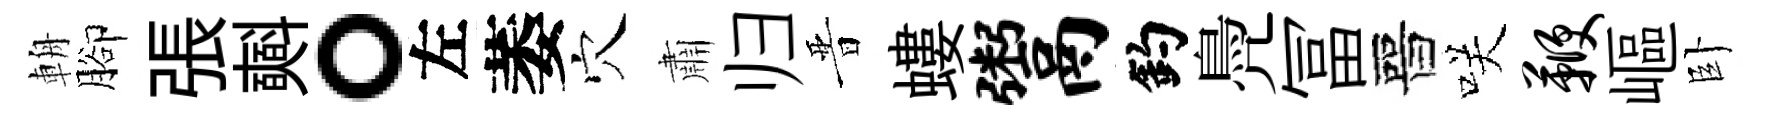
輈腳張𣂏。左萎穴肅归晋螻鬻釣鳧冨晉咲鞭嶇卧